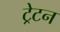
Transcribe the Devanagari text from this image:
ट्रेटन